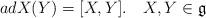
LaTeX: \begin{align*}ad X(Y) = [X,Y].~~~X,Y\in \mathfrak{g}\end{align*}